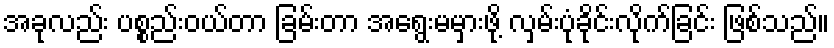
အခုလည်း ပစ္စည်းဝယ်တာ ခြမ်းတာ အရွေးမမှားဖို့ လှမ်းပုံခိုင်းလိုက်ခြင်း ဖြစ်သည်။